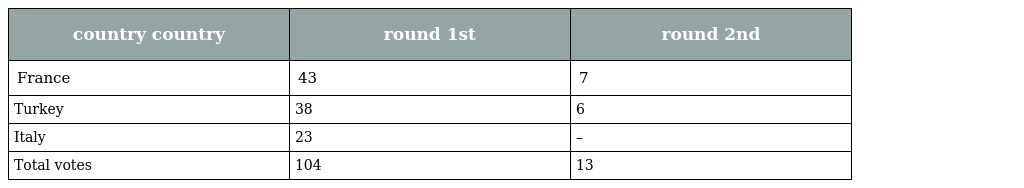
| country country | round 1st | round 2nd |
 | --- | --- | --- |
 | France | 43 | 7 |
 | Turkey | 38 | 6 |
 | Italy | 23 | – |
 | Total votes | 104 | 13 |